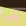
هيا